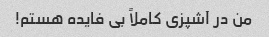
من در آشپزی کاملاً بی فایده هستم!